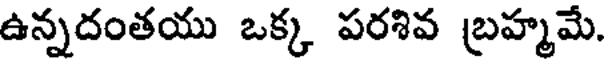
ఉన్నదంతయు ఒక్క పరశివ బ్రహ్మమే.